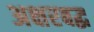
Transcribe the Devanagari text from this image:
अक्षरबद्ध